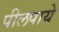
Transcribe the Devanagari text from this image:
पीलपाये